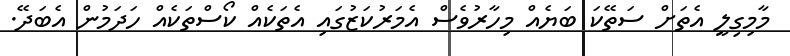
މާމިގިލީ އެތަށް ސަތޭކަ ބަޔެއް މިހާރުވެސް އެމަރުކަޒުގައި އެތަކެއް ކޯސްތަކެއް ހަދަމުން އެބަދޭ.